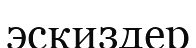
эскиздер